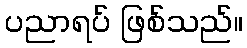
ပညာရပ် ဖြစ်သည်။